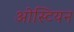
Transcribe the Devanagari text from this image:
ओस्टियन